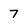
Character: 7